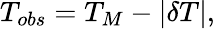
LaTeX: T_{obs}=T_{M}-\left\vert\delta T\right\vert,